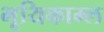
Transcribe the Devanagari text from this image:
भूयिकाम्ल